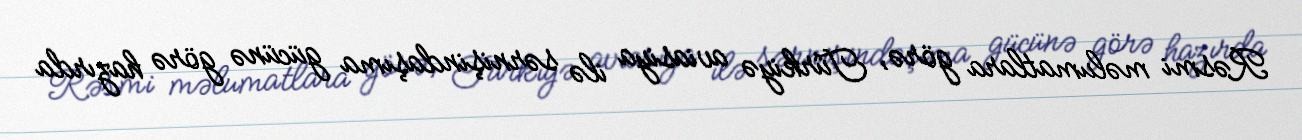
Rəsmi məlumatlara görə, Türkiyə aviasiya ilə sərnişindaşıma gücünə görə hazırda